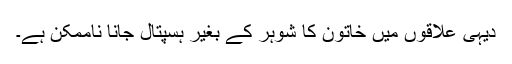
دیہی علاقوں میں خاتون کا شوہر کے بغیر ہسپتال جانا ناممکن ہے۔